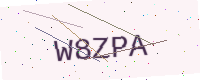
Text: W8ZPA